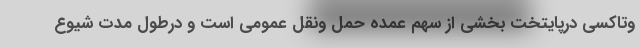
وتاکسی درپایتخت بخشی از سهم عمده حمل ونقل عمومی است و درطول مدت شیوع